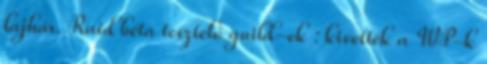
lajhár. Raid béta tesztelő guild-ek : kivették a WP-k